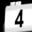
Digit: 4